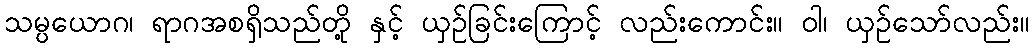
သမ္ပယောဂ၊ ရာဂအစရှိသည်တို့ နှင့် ယှဉ်ခြင်းကြောင့် လည်းကောင်း။ ဝါ၊ ယှဉ်သော်လည်း။